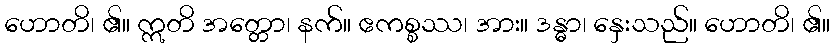
ဟောတိ၊ ၏။ ဣတိ အတ္တော၊ နက်။ ဧကစ္စဿ၊ အား။ ဒန္ဓာ၊ နှေးသည်။ ဟောတိ၊ ၏။